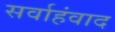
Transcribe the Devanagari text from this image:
सर्वाहंवाद